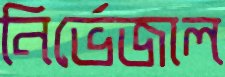
নির্ভেজাল